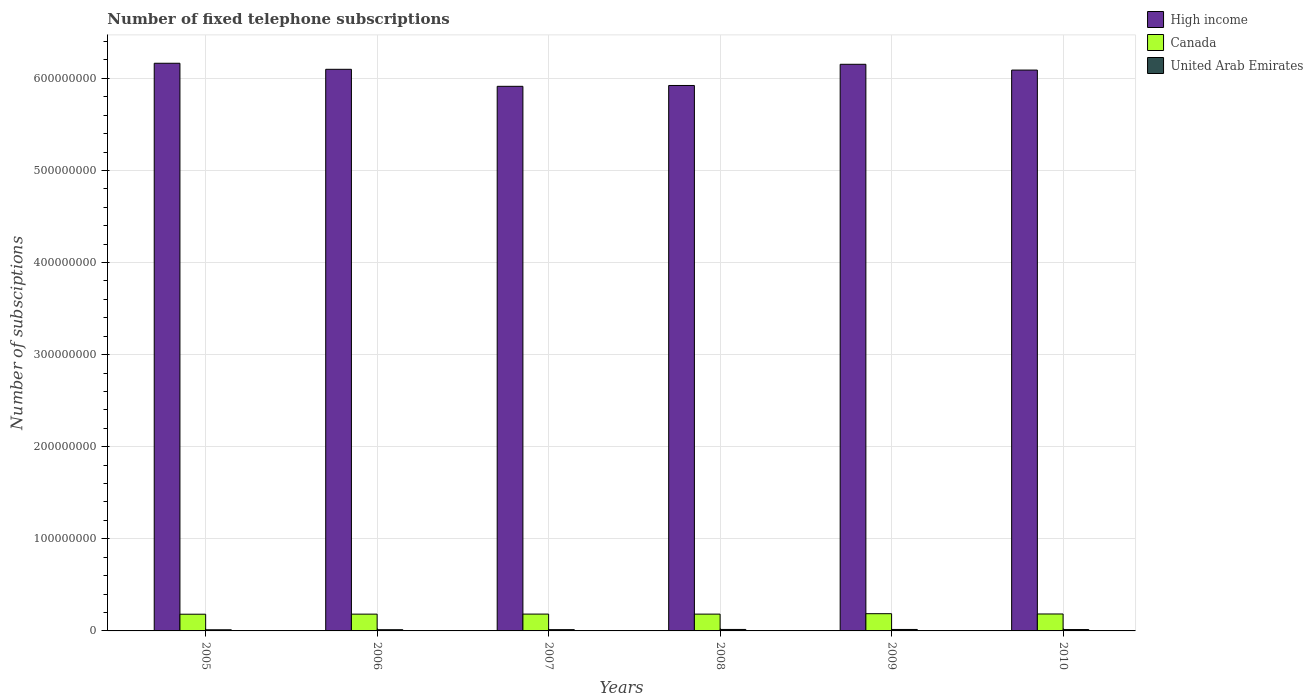
| Years | High income | Canada | United Arab Emirates |
 | --- | --- | --- | --- |
 | 2005 | 6.16e+08 | 1.81e+07 | 1.24e+06 |
 | 2006 | 6.1e+08 | 1.82e+07 | 1.31e+06 |
 | 2007 | 5.91e+08 | 1.83e+07 | 1.39e+06 |
 | 2008 | 5.92e+08 | 1.82e+07 | 1.6e+06 |
 | 2009 | 6.15e+08 | 1.87e+07 | 1.58e+06 |
 | 2010 | 6.09e+08 | 1.84e+07 | 1.48e+06 |